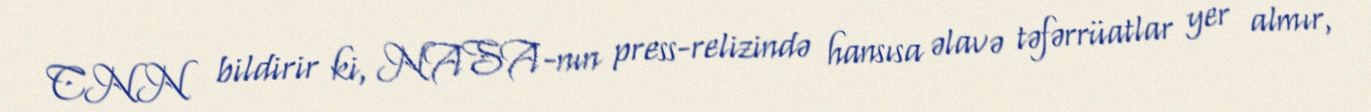
CNN bildirir ki, NASA-nın press-relizində hansısa əlavə təfərrüatlar yer almır,